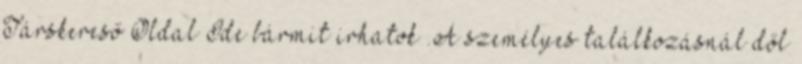
Társkereső Oldal Ide bármit irhatok .A személyes találkozásnál dől